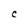
Character: C